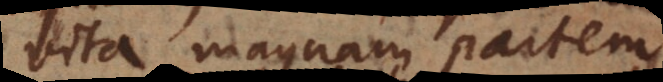
vita magnam partem